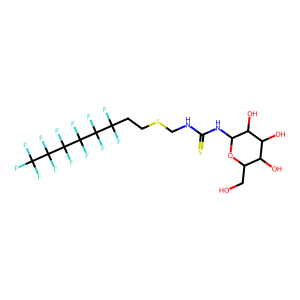
SMILES: OCC1OC(NC(=S)NCSCCC(F)(F)C(F)(F)C(F)(F)C(F)(F)C(F)(F)C(F)(F)F)C(O)C(O)C1O
Inhibits HIV replication: No